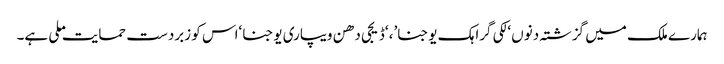
ہمارے ملک میں گزشتہ دنوں ‘لکی گراہک یوجنا’، ‘ڈیجی دھن ویپاری یوجنا ‘اس کو زبردست حمایت ملی ہے۔